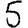
Digit: 5